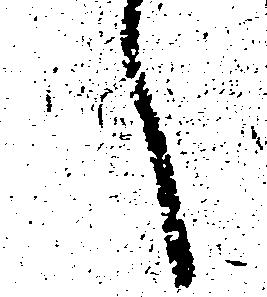
へ